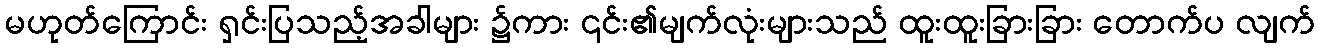
မဟုတ်ကြောင်း ရှင်းပြသည့်အခါများ ၌ကား ၎င်း၏မျက်လုံးများသည် ထူးထူးခြားခြား တောက်ပ လျက်